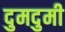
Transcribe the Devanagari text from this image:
दुमदुमी